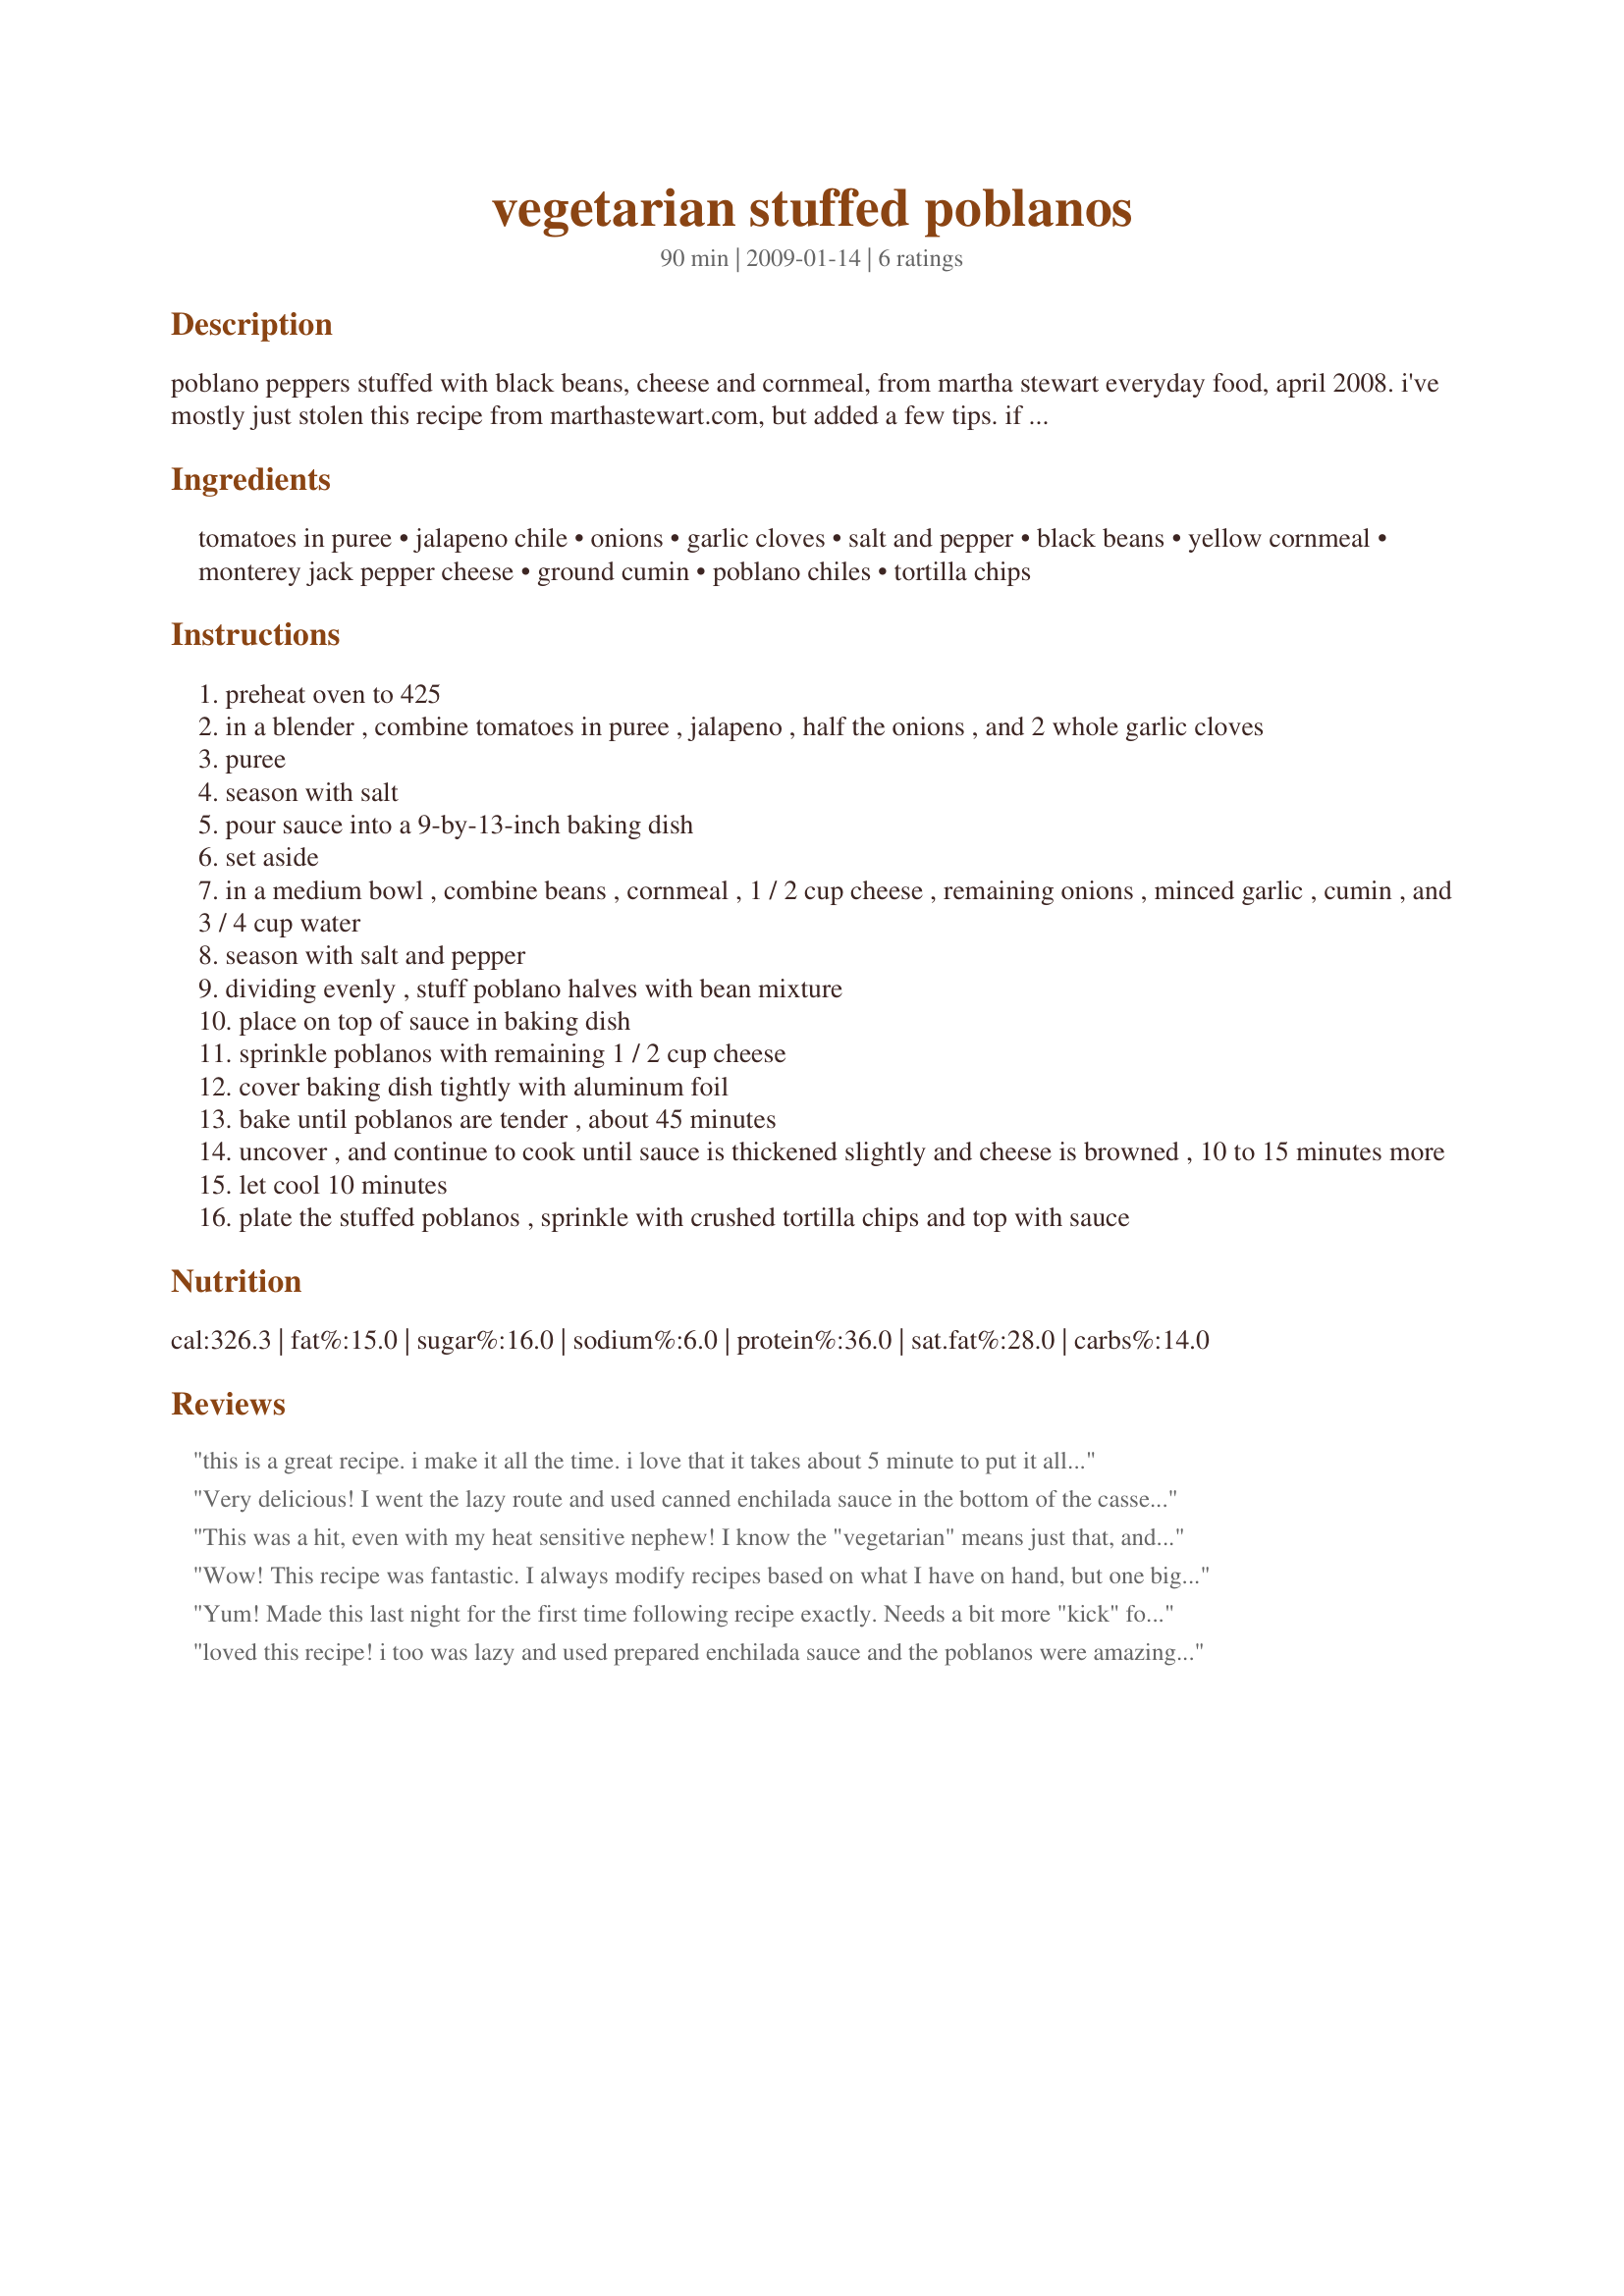
vegetarian stuffed poblanos
Preparation time: 90 minutes

poblano peppers stuffed with black beans, cheese and cornmeal, from martha stewart everyday food, april 2008. i've mostly just stolen this recipe from marthastewart.com, but added a few tips. if the poblanos are a little flattish, be sure to slice the peppers so that they they form a deep "pocket" to stuff. be sure to use a reasonably good cheese. if you can't find good quality pepper jack, use plain monterey jack or cojack cheese and be sure to include the minced pepper. cook time includes cooling time.

Ingredients:
tomatoes in puree, jalapeno chile, onions, garlic cloves, salt and pepper, black beans, yellow cornmeal, monterey jack pepper cheese, ground cumin, poblano chiles, tortilla chips

Steps:
preheat oven to 425
in a blender , combine tomatoes in puree , jalapeno , half the onions , and 2 whole garlic cloves
puree
season with salt
pour sauce into a 9-by-13-inch baking dish
set aside
in a medium bowl , combine beans , cornmeal , 1 / 2 cup cheese , remaining onions , minced garlic , cumin , and 3 / 4 cup water
season with salt and pepper
dividing evenly , stuff poblano halves with bean mixture
place on top of sauce in baking dish
sprinkle poblanos with remaining 1 / 2 cup cheese
cover baking dish tightly with aluminum foil
bake until poblanos are tender , about 45 minutes
uncover , and continue to cook until sauce is thickened slightly and cheese is browned , 10 to 15 minutes more
let cool 10 minutes
plate the stuffed poblanos , sprinkle with crushed tortilla chips and top with sauce

Reviews:
this is a great recipe. i make it all the time. i love that it takes about 5 minute to put it all together, and it tastes amazing. thanks for posting it.
Very delicious! I went the lazy route and used canned enchilada sauce in the bottom of the casserole but followed the rest of the directions as stated. It turned out perfectly and I will definitely make it again!
This was a hit, even with my heat sensitive nephew! I know the "vegetarian" means just that, and I did prepare them that way. But being a carnivore of the first stripe, I think these would be terrific with the addition of a good chorizo! Quick and easy, so will be made again. Thnx for posting your recipe, Podkayne.
Wow! This recipe was fantastic. I always modify recipes based on what I have on hand, but one big thing is I made a quinoa/black bean mixture instead of using cornmeal. I used 2 jalapenos instead of one also. For the sauce I used organic tomato paste and added water, minced onions, jalapenos, garlic, and garlic salt. I also tried stuffing bell peppers with this, and it was equally as good!
Yum! Made this last night for the first time following recipe exactly. Needs a bit more "kick" for my taste~might use jalapeno seeds and all next time. Must try recipe. Thank you for sharing!
loved this recipe! i too was lazy and used prepared enchilada sauce and the poblanos were amazing. i did not have black beans so i used pintos, instead. will definitely make these again.
